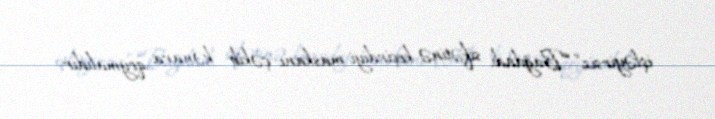
işləyirsiz”.“Bağdadi sifətinə keçirdiyi maskanı çəkib kənara qoymalıdır.